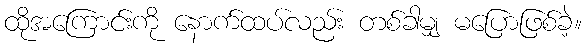
ထိုအကြောင်းကို နောက်ထပ်လည်း တစ်ခါမျှ မပြောဖြစ်ခဲ့။